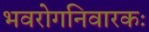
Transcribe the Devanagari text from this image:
भवरोगनिवारकः